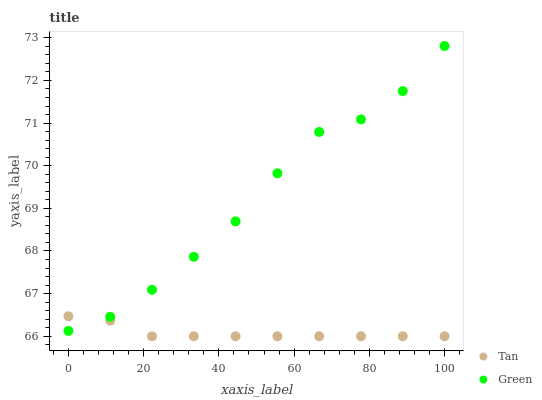
| xaxis_label | Tan | Green |
 | --- | --- | --- |
 | 0 | 66.5 | 66.1 |
 | 11.1 | 66.4 | 66.5 |
 | 22.2 | 66 | 67.1 |
 | 33.3 | 66 | 67.9 |
 | 44.4 | 66 | 68.7 |
 | 55.6 | 66 | 69.8 |
 | 66.7 | 66 | 70.8 |
 | 77.8 | 66 | 71.1 |
 | 88.9 | 66 | 71.8 |
 | 100 | 66 | 72.8 |